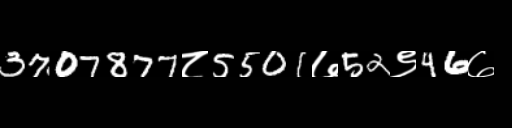
Text: 3707877८5501७52९46७